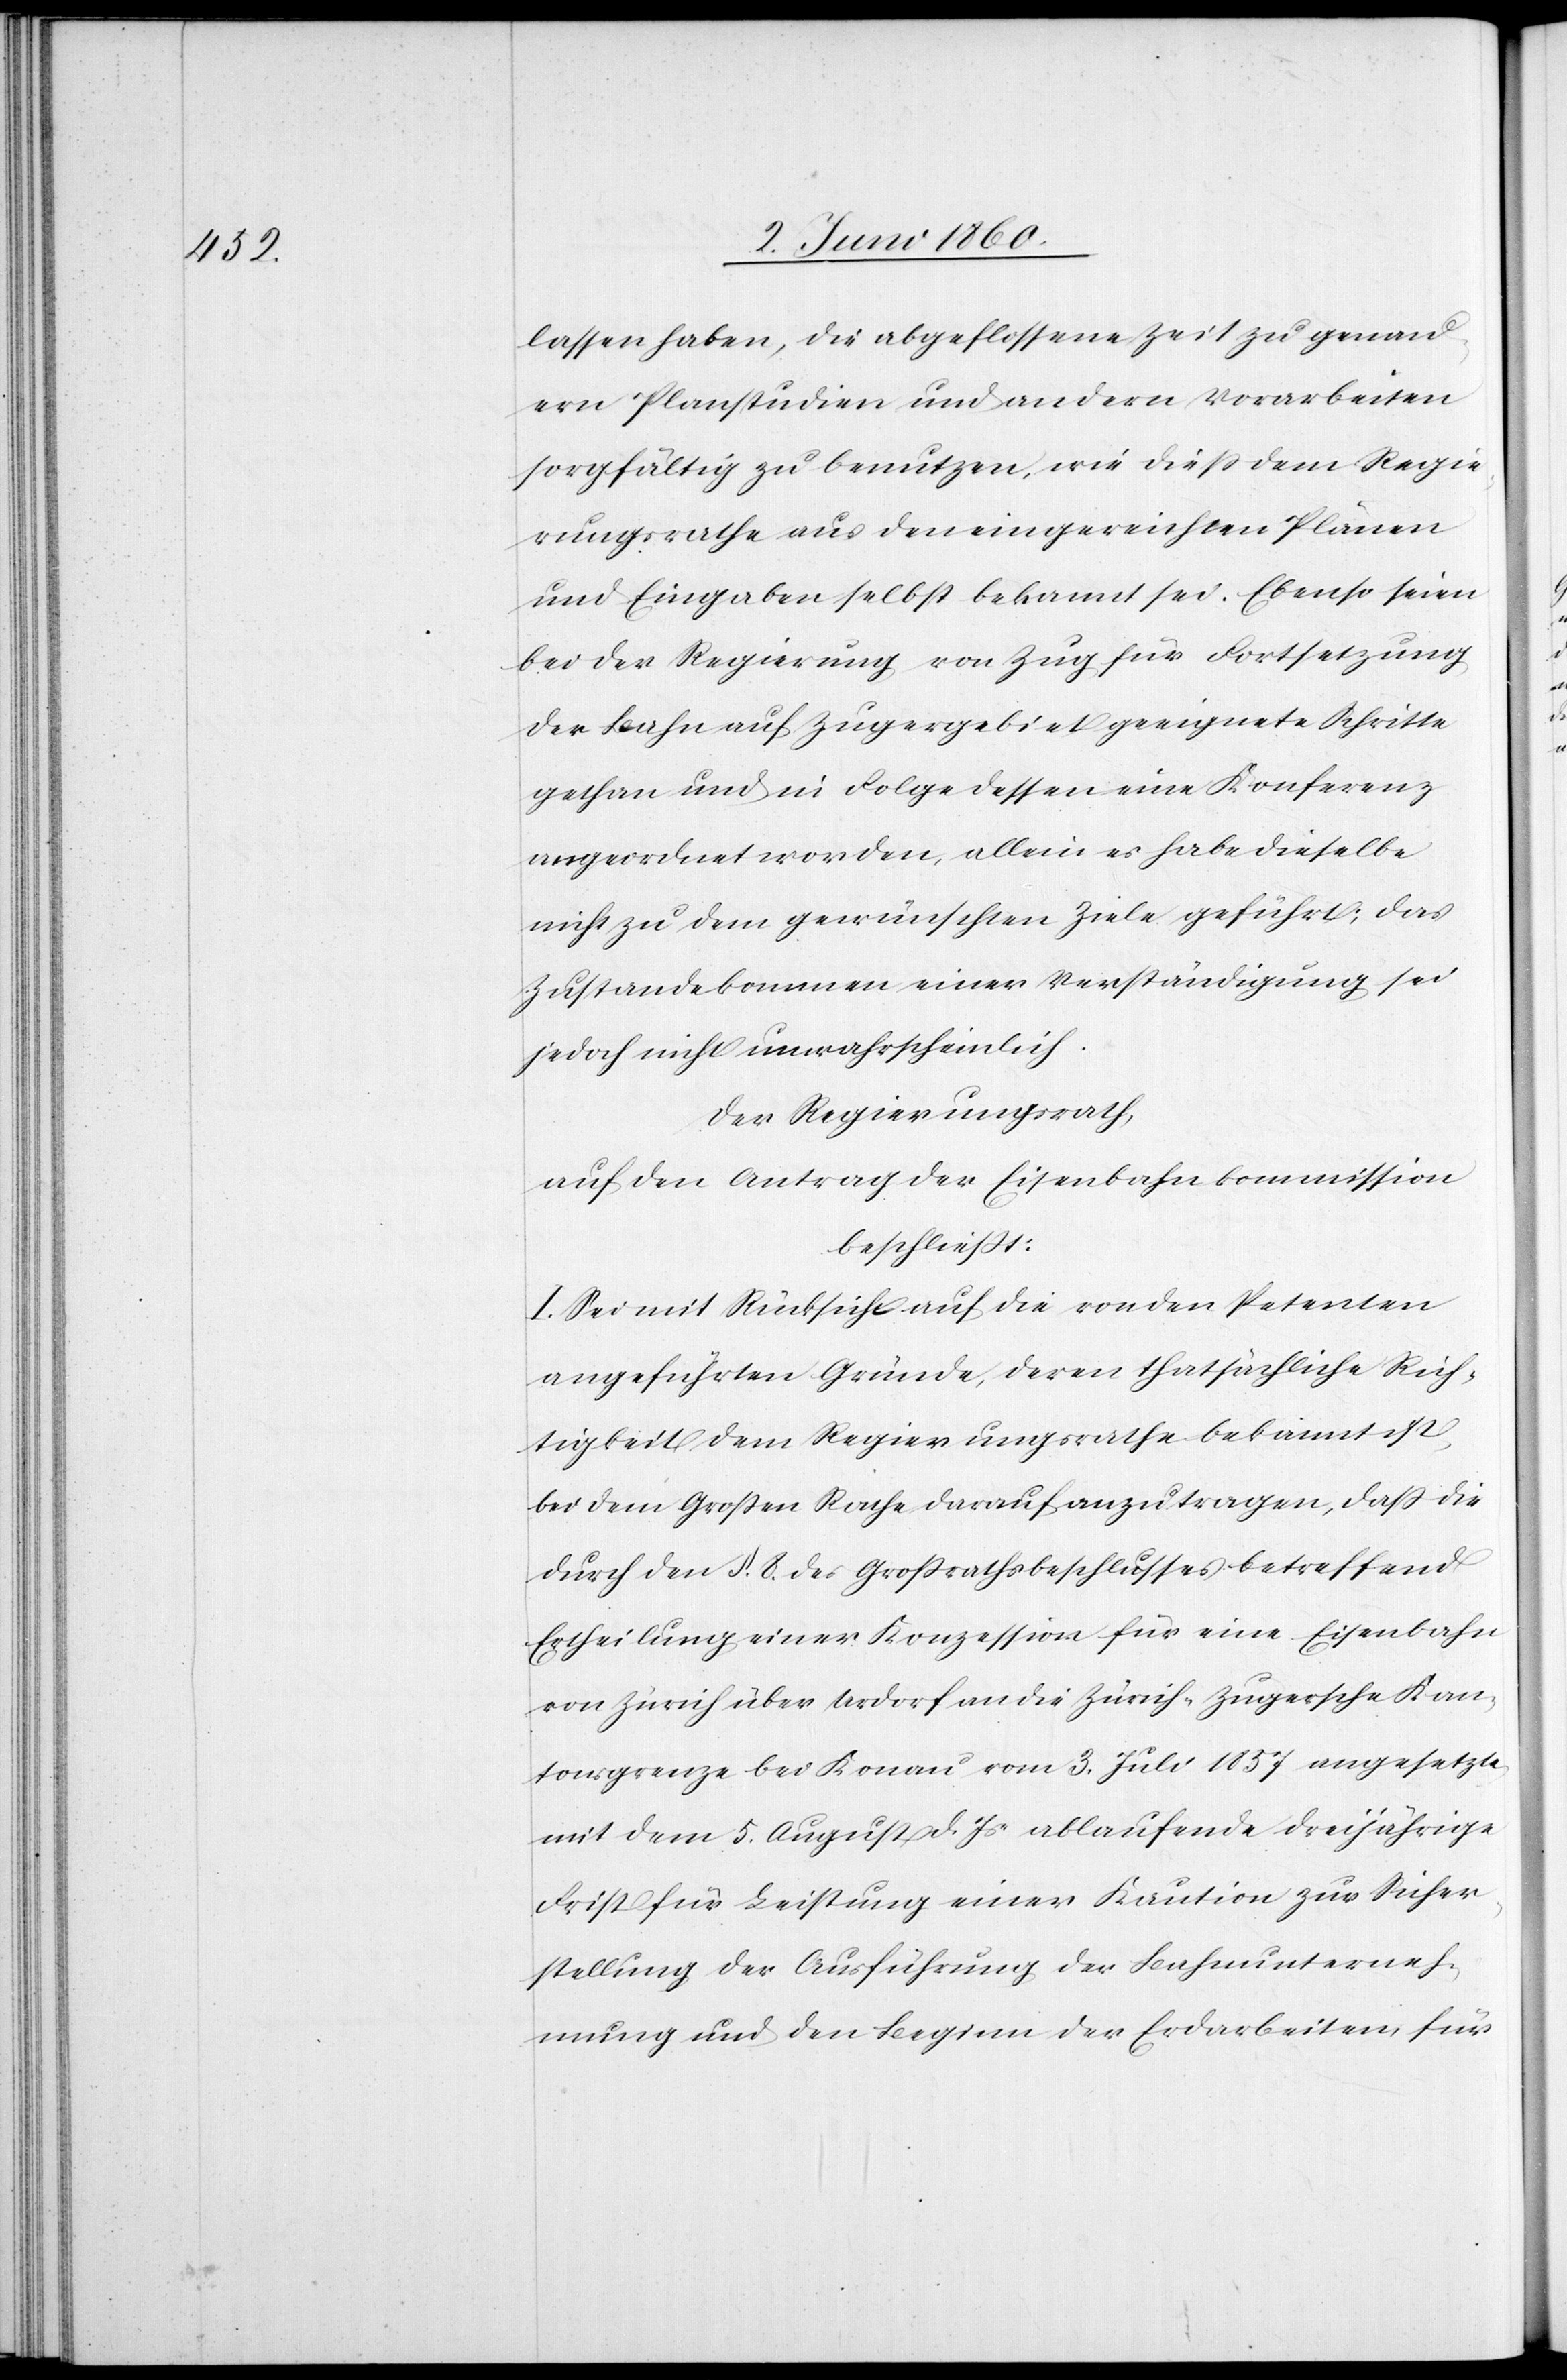
lassen haben, die abgeflossene Zeit zu genau¬
ern Planstudien und andern Vorarbeiten
sorgfältig zu benutzen, wie diess dem Regie¬
rungsrathe aus den eingereichten Plänen
und Eingaben selbst bekannt sei. Ebenso seien
bei der Regierung von Zug für Fortsetzung
der Bahn auf Zugergebiet geeignete Schritte
gethan und in Folge dessen eine Konferenz
angeordnet worden, allein es habe dieselbe
nicht zu dem gewünschten Ziele geführt; das
Zustandekommen einer Verständigung sei
jedoch nicht unwahrscheinlich.
Der Regierungsrath,
auf den Antrag der Eisenbahnkommission
beschliesst:
I. Sei mit Rücksicht auf die von den Petenten
angeführten Gründe, deren thatsächliche Rich¬
tigkeit dem Regierungsrathe bekannt ist,
bei dem Grossen Rathe darauf anzutragen, dass die
durch den §. 8. des Grossrathsbeschlusses betreffend
Ertheilung einer Konzession für eine Eisenbahn
von Zürich über Urdorf an die Zürich-Zugersche Kan¬
tonsgrenze bei K[n]onau vom 3. Juli 1857 angesetzte
mit dem 5. August d. Js. ablaufende dreijährige
Frist für Leistung einer Kaution zur Sicher¬
stellung der Ausführung der Bahnunterneh¬
mung und den Beginn der Erdarbeiten, für